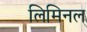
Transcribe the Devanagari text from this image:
लिमिनल